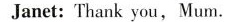
Janet:Thank you, Mum.